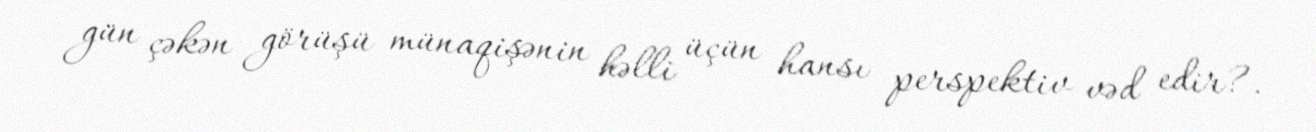
gün çəkən görüşü münaqişənin həlli üçün hansı perspektiv vəd edir?.